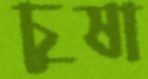
চুষা